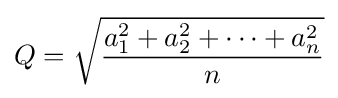
Q={\sqrt {\frac {a_{1}^{2}+a_{2}^{2}+\cdots +a_{n}^{2}}{n}}}